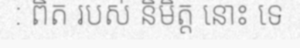
: ពិត របស់ និមិត្ត នោះ ទេ